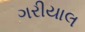
ગરીયાલ